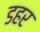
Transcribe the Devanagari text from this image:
डहर